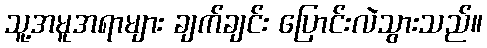
သူ့အမူအရာများ ချက်ချင်း ပြောင်းလဲသွားသည်။